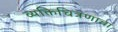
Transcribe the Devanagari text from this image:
व्यक्तिचित्रणाचा